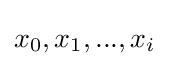
x_{0},x_{1},...,x_{i}